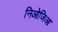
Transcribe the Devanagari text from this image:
निओजिआ